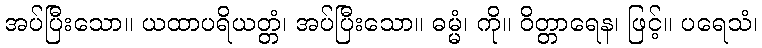
အပ်ပြီးသော။ ယထာပရိယတ္တံ၊ အပ်ပြီးသော။ ဓမ္မံ၊ ကို။ ဝိတ္တာရေန၊ ဖြင့်။ ပရေသံ၊